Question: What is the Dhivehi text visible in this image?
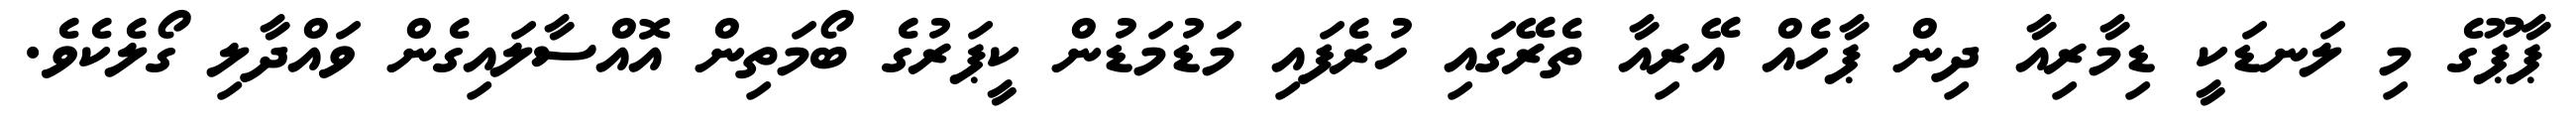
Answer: ޕާޕޫގެ މި ލަނޑަކީ ޑިމާރިއާ ދިން ޕާހެއް އޭރިއާ ތެރޭގައި ހުރެފައި މަޑުމަޑުން ކީޕަރުގެ ބޯމަތިން އޮއްސާލައިގެން ވައްދާލި ގޯލެކެވެ.